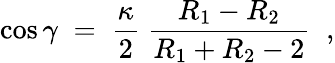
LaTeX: \cos\gamma\; =\; \frac{\kappa}{2}~\frac{R_{1}-R_{2}}{R_{1}+R_{2}-2}\; \; ,